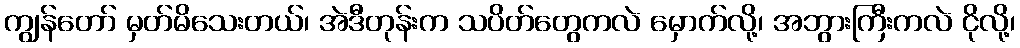
ကျွန်တော် မှတ်မိသေးတယ်၊ အဲဒီတုန်းက သပိတ်တွေကလဲ မှောက်လို့၊ အဘွားကြီးကလဲ ငိုလို့၊